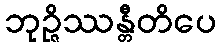
ဘုဉ္ဇိဿန္တီတိပေ